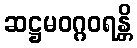
ဆဋ္ဌမဝဂ္ဂဝရန္တိ